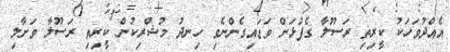
އެއްދުވަހަކު ކީރިތި ރަސޫލާ ގެފުޅަށް ވަޑައިގެންނެވި ހިނދު މުޝްރިކުން ކީރިތި ރަސޫލާ ވަށާލި